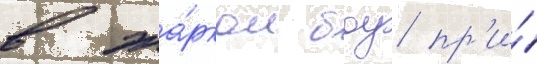
в жа́рком боу пр'и́